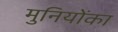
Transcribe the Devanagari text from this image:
मुनियोंका